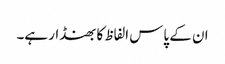
ان کے پاس الفاظ کا بھنڈار ہے۔